Rakvere_kinnistusamet, lk 63
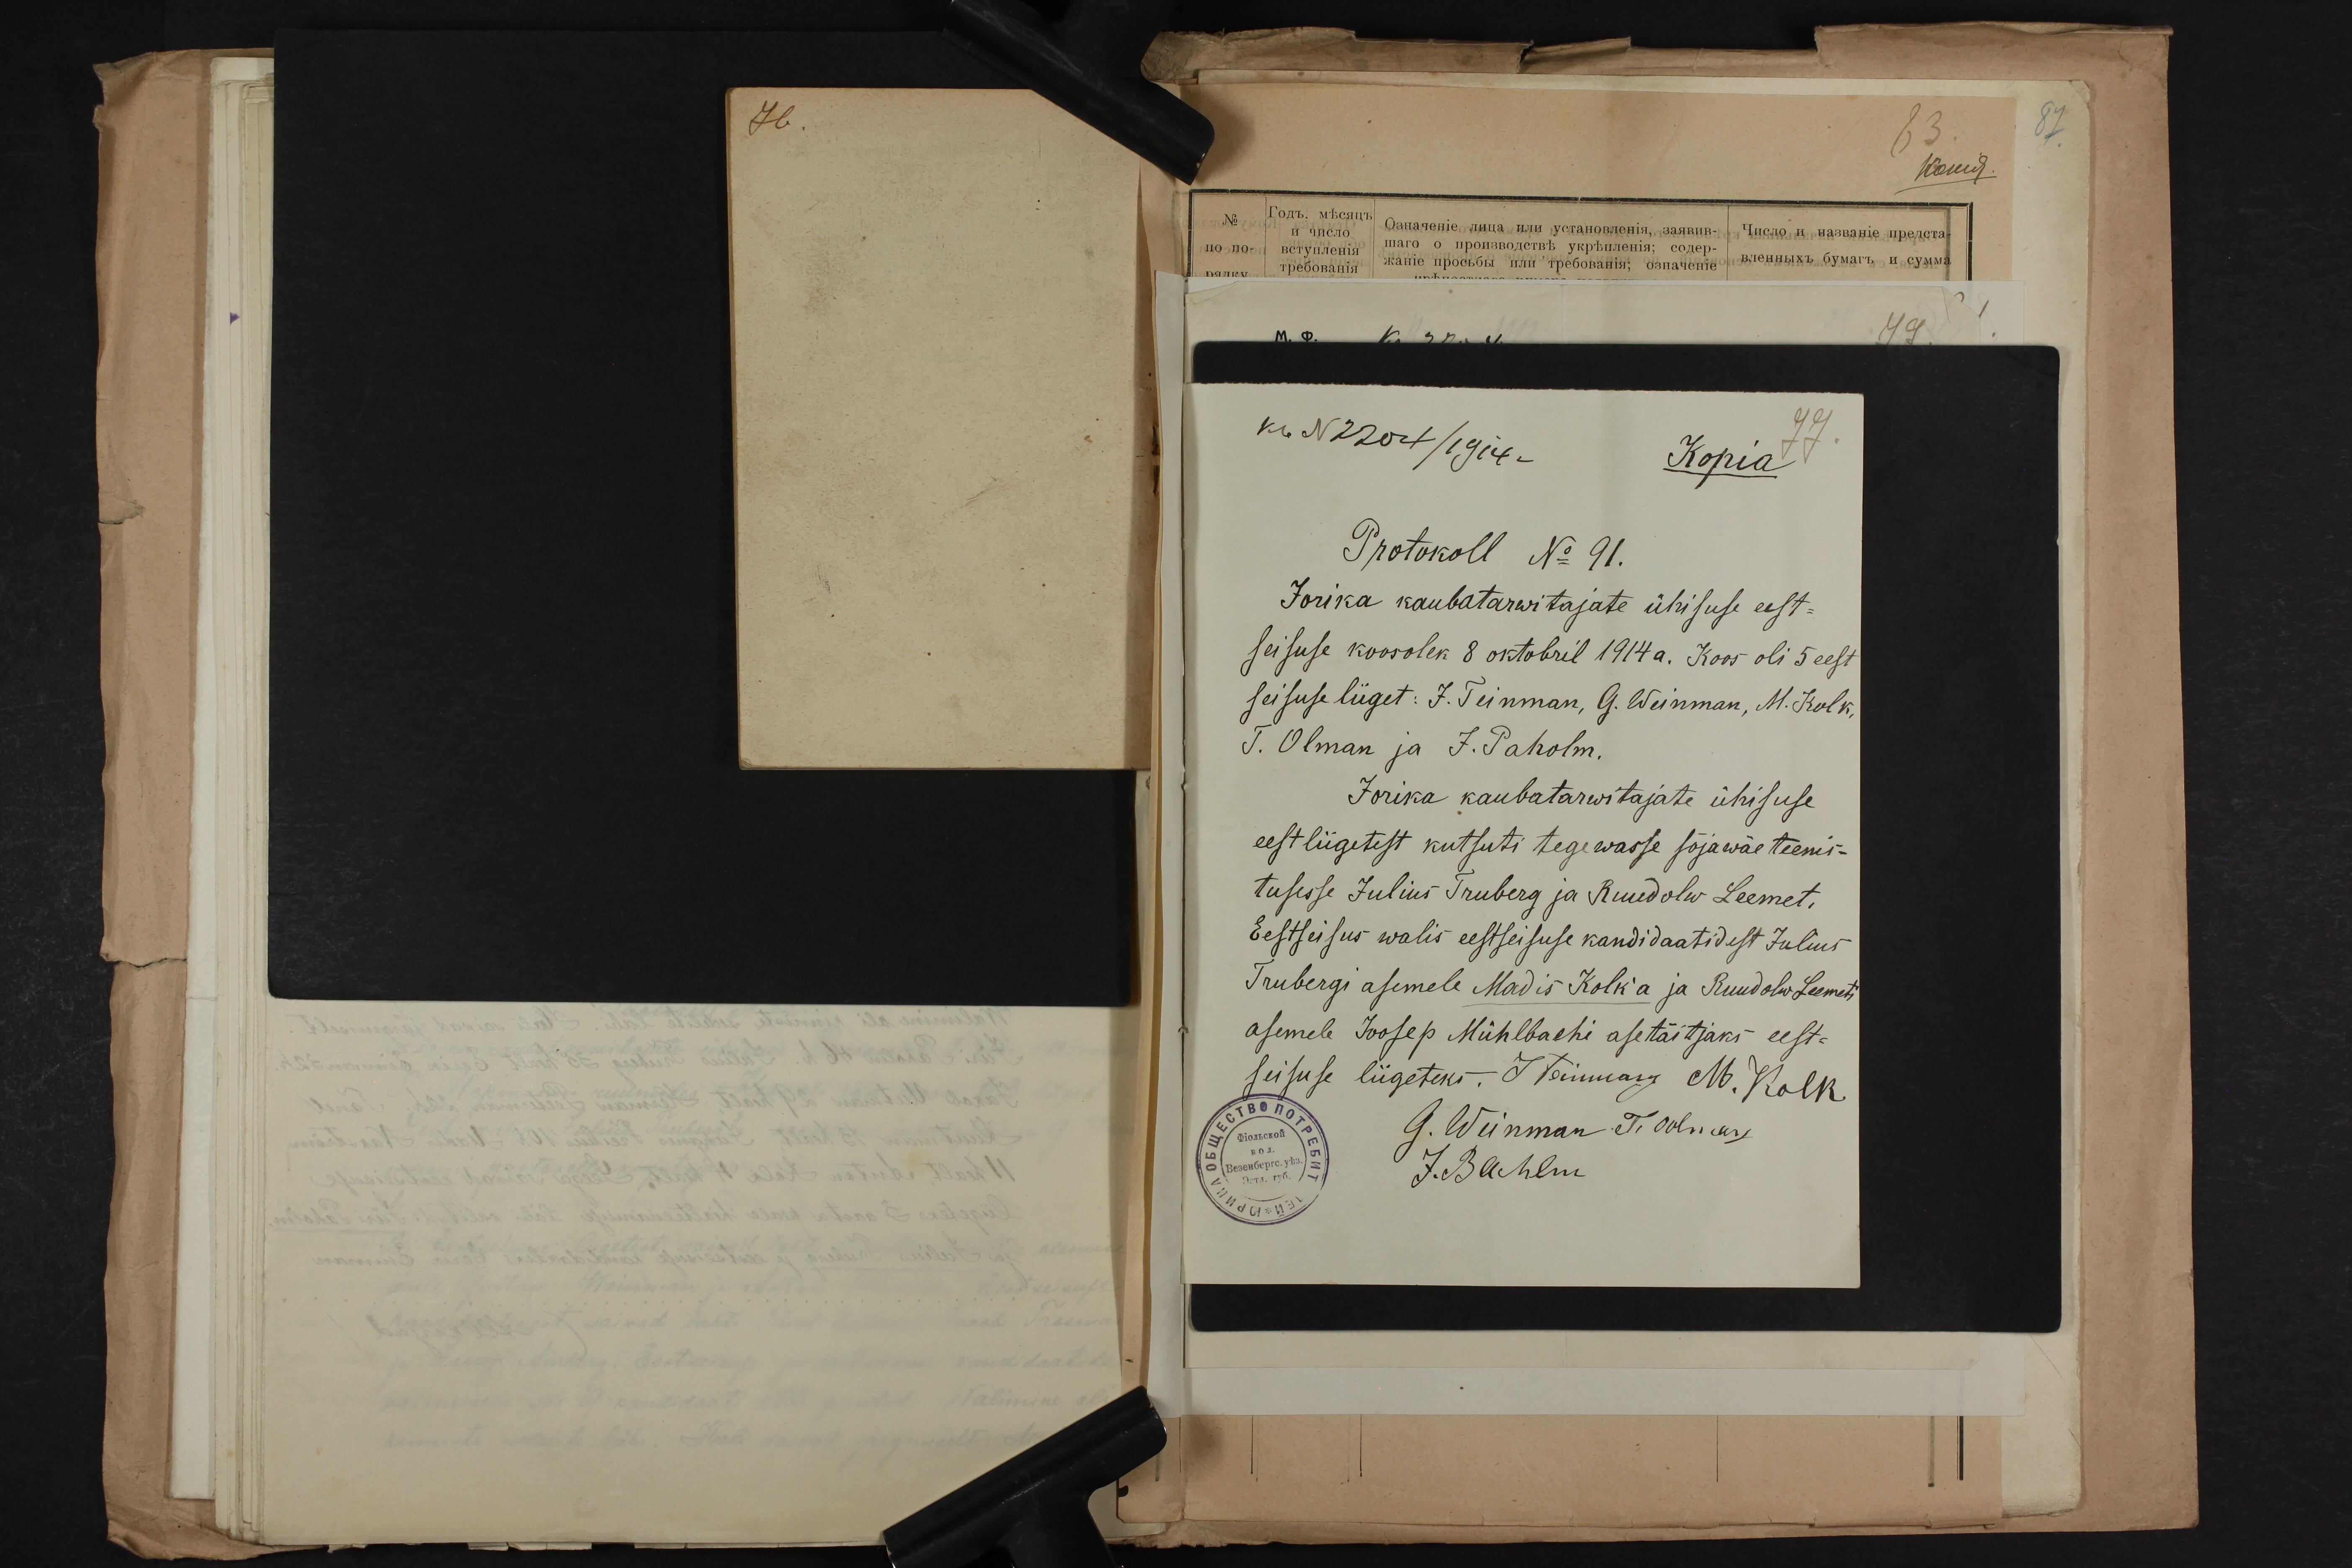
kb N 2204/ 1914 –
Kopia
Protokoll No 91.
Jorika kaubatarwitajate ühisuse eest-
seisuse koosolek 8 oktobril 1914 a. Koos oli 5 eest
seisuse liiget: J. Teinman, G. Weinman, M. Kolk,
T. Olman ja J. Paholm.
Jorika kaubatarwitajate ühisuse
eest liigetest kutsuti tegewasse sõjawäe teenis-
tusesse Julius Truberg ja Ruudolw Leemet,
Eestseisus walis eestseisuse kandidaatidest Julius
Trubergi asemele Madis Kolk'a ja Ruudolw Leemeti
asemele Joosep Mühlbachi asetäitjaks eest-
seisuse liigeteks. Teimann M. Kolk
G. Weinman N. Golmari
J. Badilm